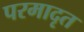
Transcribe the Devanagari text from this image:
परमादृत